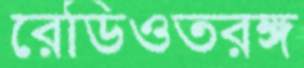
রেডিওতরঙ্গ